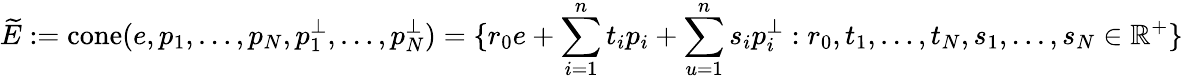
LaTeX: \widetilde{E}:=\mathrm{cone}(e,p_{1},\dots,p_{N},p_{1}^{\perp},\dots,p_{N}^{\perp})=\{ r_{0}e+\sum_{i=1}^{n}t_{i}p_{i}+\sum_{u=1}^{n}s_{i}p_{i}^{\perp}:r_{0},t_{1},\dots,t_{N},s_{1},\dots,s_{N}\in\mathbb{R}^{+}\}